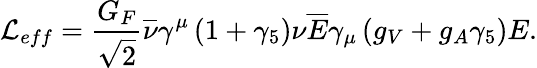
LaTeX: {\cal L}_{eff}=\frac{G_{F}}{\sqrt{2}}\overline{{{\nu}}}\gamma^{\mu}\left(1+\gamma_{5}\right)\nu\overline{{{E}}}\gamma_{\mu}\left(g_{V}+g_{A}\gamma_{5}\right)E.